Reports on dispensaries and lunatic asylums in the Province of Oudh - 1869-1876
Year: 1869
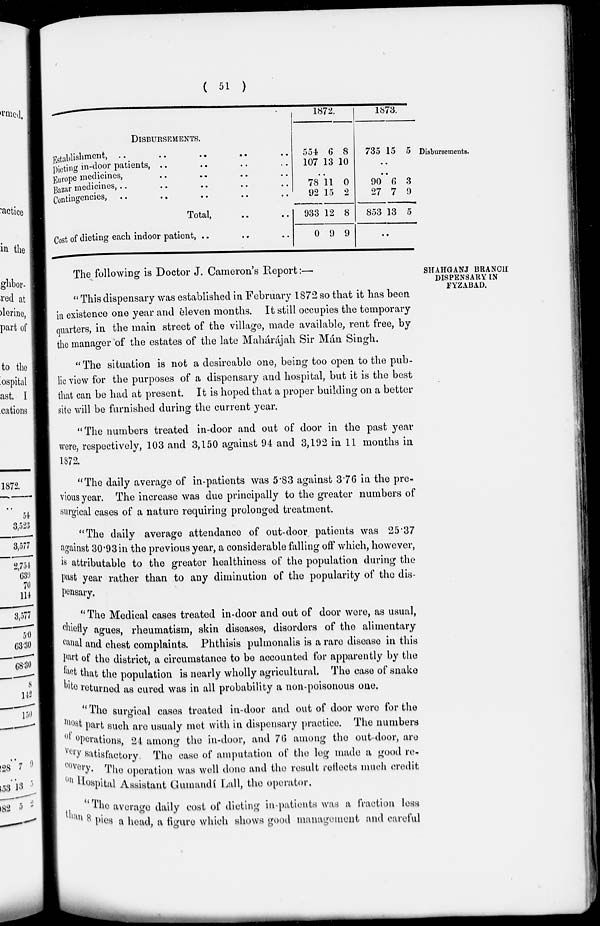
( 51 )
Disbursements.
DISBURSEMENTS.
Establishment, .. .. .. .. ..
Dieting in-door patients , .. .. .. ..
Europe medicines, .. .. .. ..
Bazar medicines, .. .. .. .. ..
Contingencies, .. .. .. .. ..
Total, .. ..
Cost of dieting each indoor patient, .. .. ..
1872.
554
107
6
13
8
10
..
78
92
933
0
11
15
12
9
0
2
8
9
1873.
735 15 5
..
..
90
27
853
6
7
13
3
9
5
..
SHAHGANJ BRANCH
DISPENSARY IN
FYZABAD.
The following is Doctor J. Cameron's Report:—
" This dispensary was established in February 1872 so that it has been
in existence one year and eleven months. It still occupies the temporary
quarters, in the main street of the village, made available, rent free, by
the manager of the estates of the late Mahárájah Sir Mán Singh.
" The situation is not a desireable one, being too open to the pub-
lic view for the purposes of a dispensary and hospital, but it is the best
that can be had at present. It is hoped that a proper building on a better
site will be furnished during the current year.
" The numbers treated in-door and out of door in the past year
were, respectively, 103 and 3,150 against 94 and 3,192 in 11 months in
1872.
"The daily average of in-patients was 5.83 against 3.76 in the pre-
vious year. The increase was due principally to the greater numbers of
surgical cases of a nature requiring prolonged treatment.
"The daily average attendance of out-door patients was 25.37
against 30.93 in the previous year, a considerable falling off which, however,
is attributable to the greater healthiness of the population during the
past year rather than to any diminution of the popularity of the dis-
pensary.
" The Medical cases treated in-door and out of door were, as usual,
chiefly agues, rheumatism, skin diseases, disorders of the alimentary
canal and chest complaints. Phthisis pulmonalis is a rare disease in this
part of the district, a circumstance to be accounted for apparently by the
fact that the population is nearly wholly agricultural. The case of snake
bite returned as cured was in all probability a non-poisonous one.
"The surgical cases treated in-door and out of door were for the
most part such are usualy met with in dispensary practice. The numbers
operations, 24 among the in-door, and 76 among the out-door, are
very satisfactory. The case of amputation of the leg made a good re-
covery. The operation was well done and the result reflects much credit
on Hospital Assistant Gumandí Lall, the operator.
''The average daily cost of dieting in-patients was a fraction less
pies a head, a figure which shows good management and careful